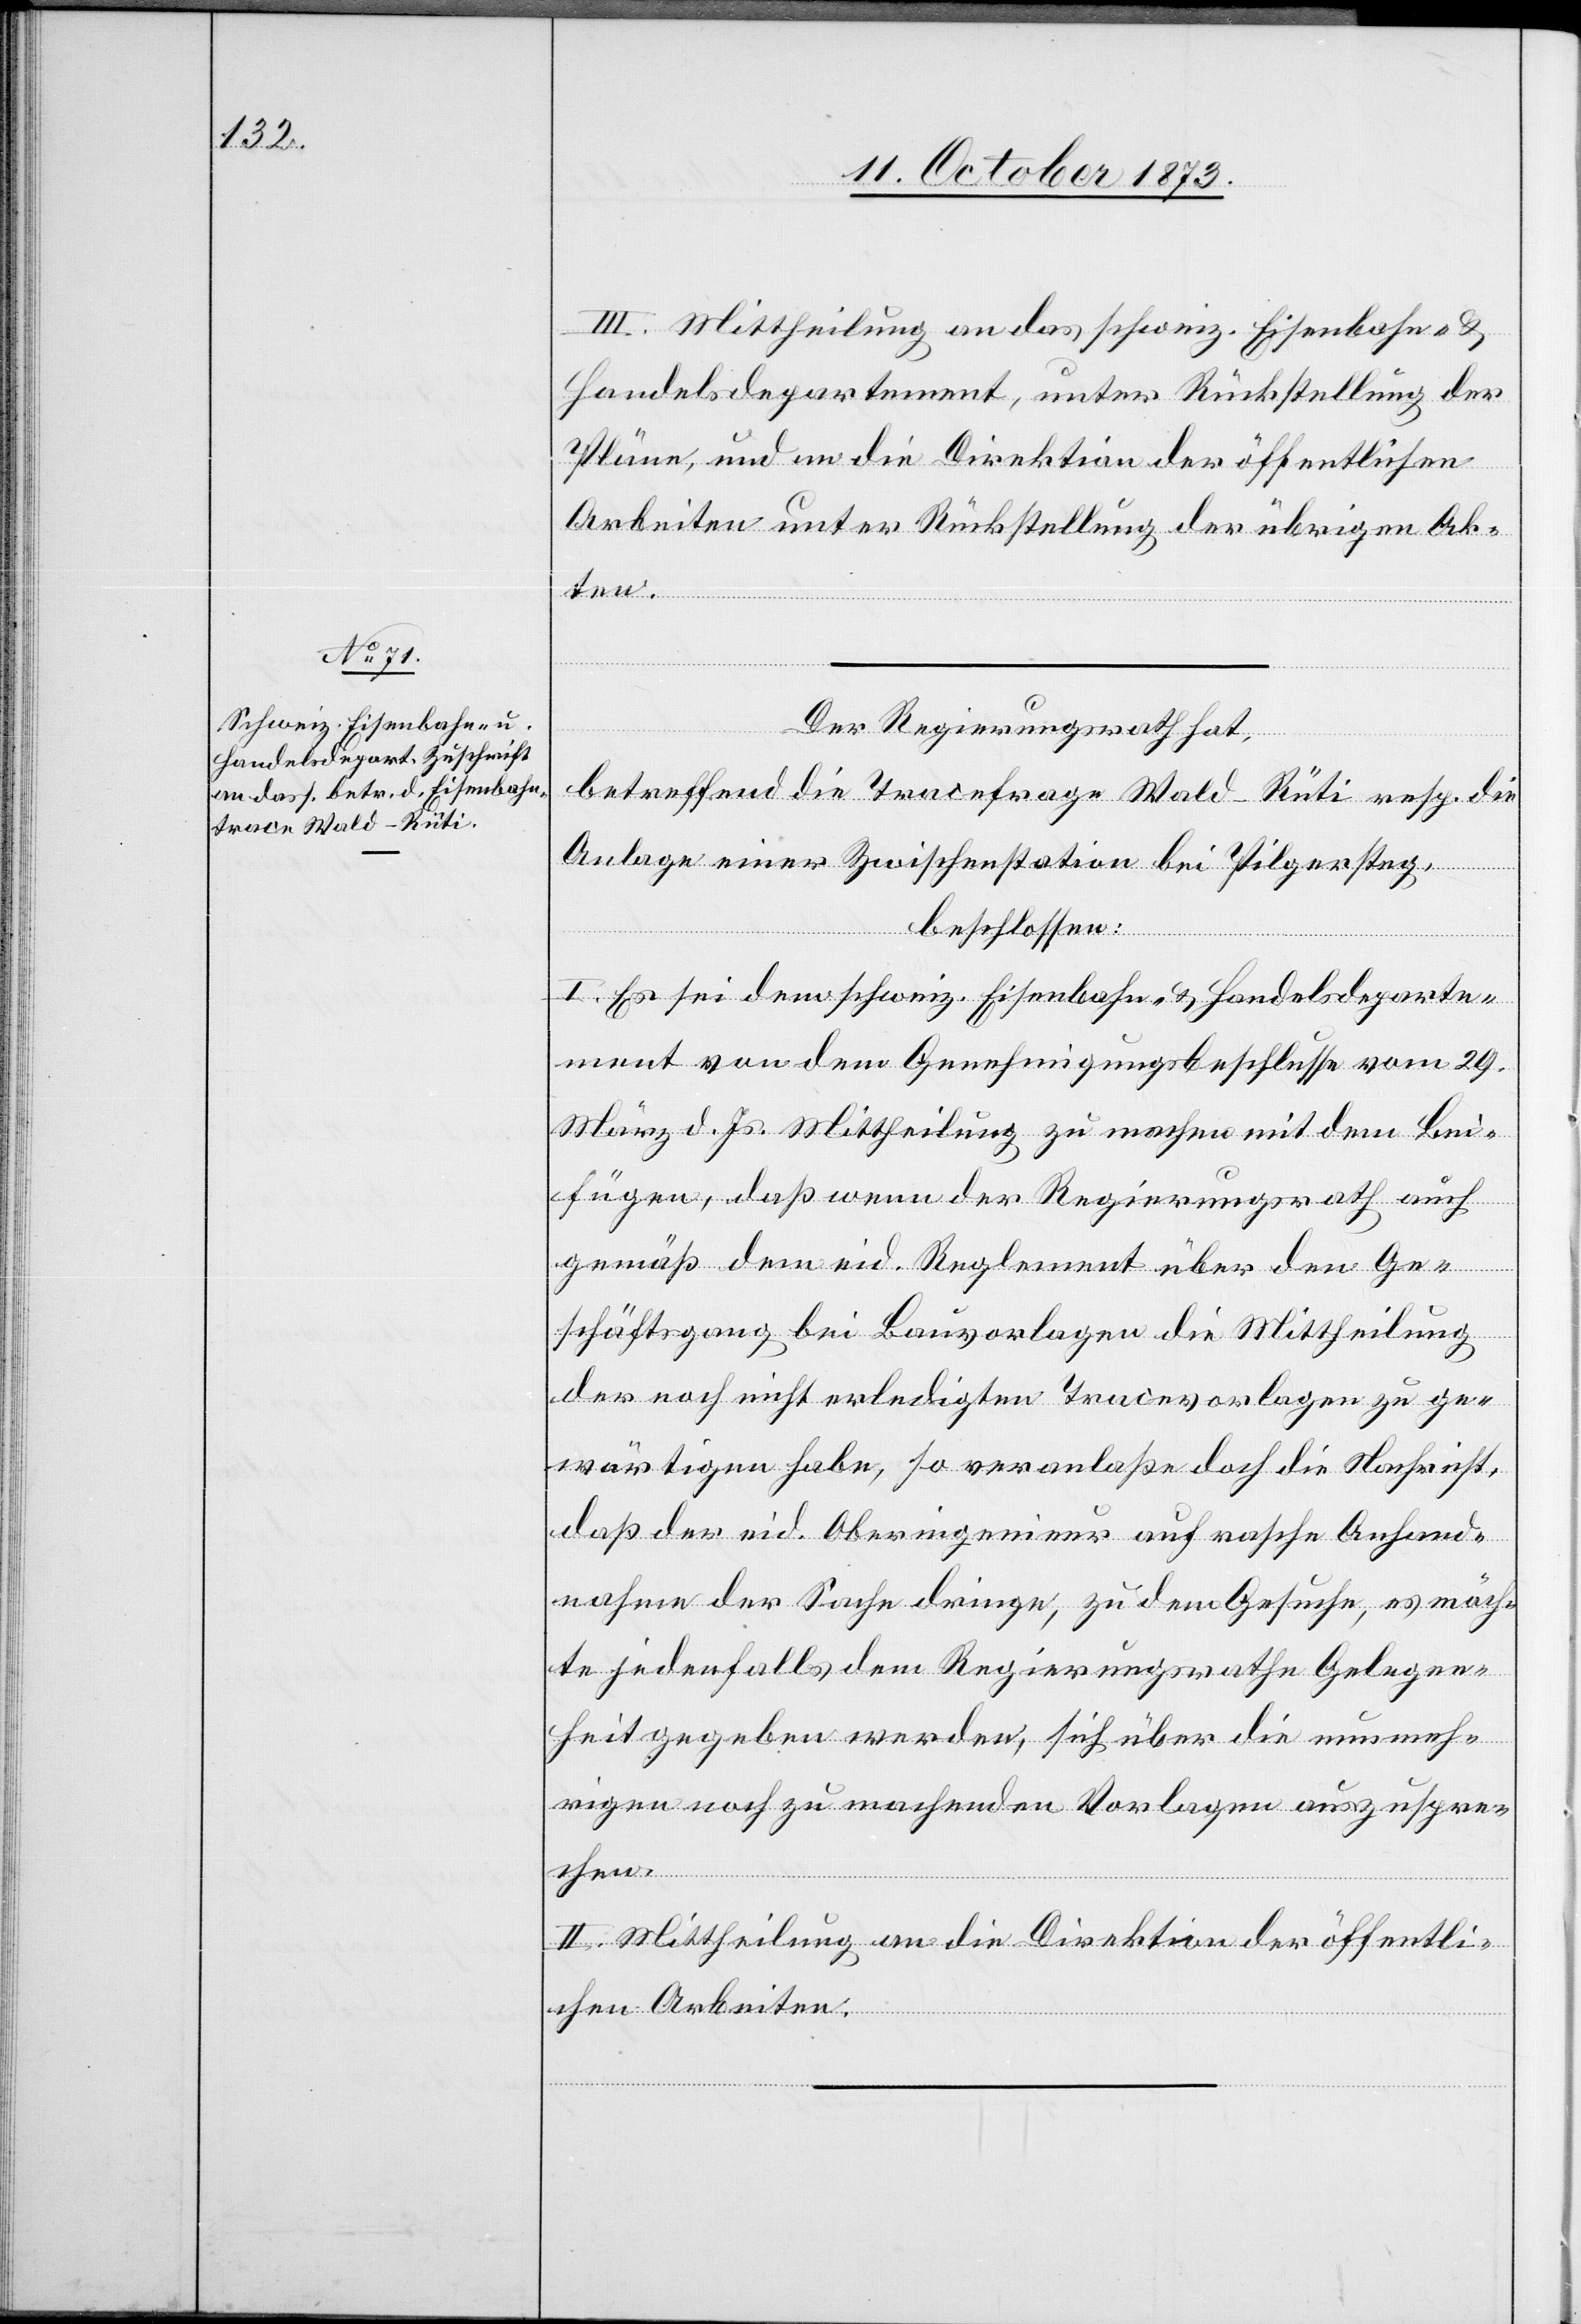
III. Mittheilung an das schweiz. Eisenbahn- &
Handelsdepartement, unter Rückstellung der
Pläne, und an die Direktion der öffentlichen
Arbeiten unter Rückstellung der übrigen Ak¬
ten.
Der Regierungsrath hat,
betreffend die Tracefrage Wald–Rüti resp. die
Anlage einer Zwischenstation bei Pilgersteg,
beschlossen:
I. Es sei dem schweiz. Eisenbahn- & Handelsdeparte¬
ment von dem Genehmigungsbeschlusse vom 29.
März d. Js. Mittheilung zu machen mit dem Bei¬
fügen, daß wenn der Regierungsrath auch
gemäß dem eid. Reglement über den Ge¬
schäftsgang bei Bauvorlagen die Mittheilung
der noch nicht erledigten Tracevorlagen zu ge¬
wärtigen habe, so veranlaße doch die Nachricht,
daß der eid. Oberingenieur auf rasche Anhand¬
nahme der Sache dringe, zu dem Gesuche, es möch¬
te jedenfalls dem Regierungsrathe Gelegen¬
heit gegeben werden, sich über die nunmeh¬
rigen noch zu machenden Vorlagen auszuspre¬
chen.
II. Mittheilung an die Direktion der öffentli¬
chen Arbeiten.